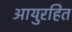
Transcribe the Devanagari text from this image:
आयुरहित